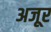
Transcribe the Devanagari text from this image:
अजूर